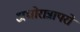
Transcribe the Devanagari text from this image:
अघोरान्नापरो